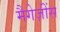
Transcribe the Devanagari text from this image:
मैगेज़ींस